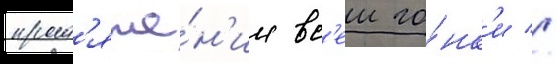
прот'яже́н'ии вс'еи го́нк'и //